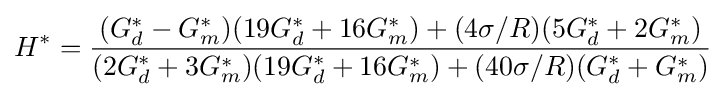
H^{*}={\frac {(G_{d}^{*}-G_{m}^{*})(19G_{d}^{*}+16G_{m}^{*})+(4\sigma /R)(5G_{d}^{*}+2G_{m}^{*})}{(2G_{d}^{*}+3G_{m}^{*})(19G_{d}^{*}+16G_{m}^{*})+(40\sigma /R)(G_{d}^{*}+G_{m}^{*})}}